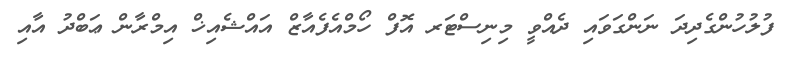
ފުލުހުންގެދިދަ ނަންގަވައި ދެއްވީ މިނިސްޓަރ އޮފް ހޯމްއެފެއާޒް އައްޝެއިޚް އިމްރާން ޢަބްދު އާއި